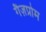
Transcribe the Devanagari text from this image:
गैज़प्रोम